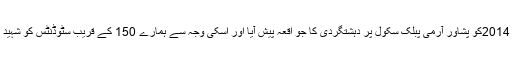
16دسمبر 2014کو پشاور آرمی پبلک سکول پر دہشتگردی کا جو اقعہ پیش آیا اور اسکی وجہ سے ہمارے 150 کے قریب سٹوڈنٹس کو شہید کردیا گیا ۔